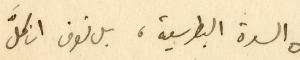
السدة البطرسية، بل نعرف ان كلَّ